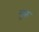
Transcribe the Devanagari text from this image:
लुरू